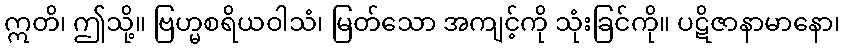
ဣတိ၊ ဤသို့။ ဗြဟ္မစရိယဝါသံ၊ မြတ်သော အကျင့်ကို သုံးခြင်ကို။ ပဋိဇာနာမာနော၊